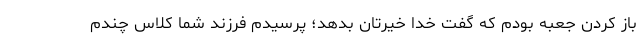
باز کردن جعبه بودم که گفت خدا خیرتان بدهد؛ پرسیدم فرزند شما کلاس چندم